Civil Veterinary Dept. North-West Frontier Province 1901-22 - 1901-1922
Year: 1901
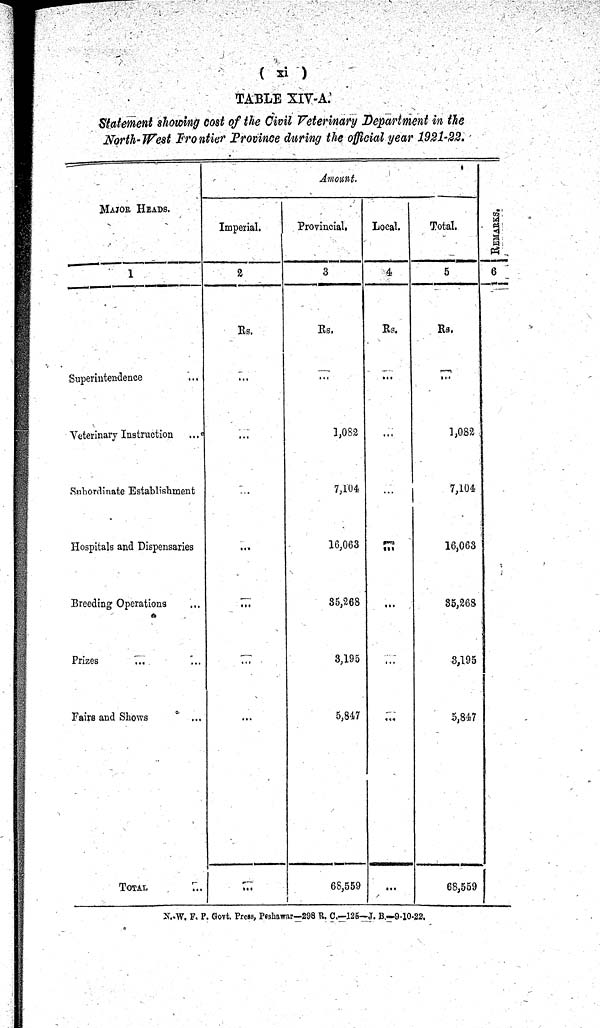
(xi)
TABLE XIV-A.
Statement showing cost of the Civil Veterinary Department in the
North-West Frontier Province during the official gear 1921-22.
MAJOR HEADS.
1
Superintendence ...
Veterinary Instruction ...
Sahordinate Establishment
Hospitals and Dispensaries
Breeding Operations ...
Prizes ... ...
Fairs and Shows ...
TOTAL ...
Amount.
Imperial.
2
Rs.
...
...
...
...
...
...
...
...
Provincial.
3
Rs.
...
1,082
7,104
16,063
85,268
3,195
5,847
68,559
Local.
4
Rs.
...
...
...
...
...
...
...
Total.
5
Rs.
...
1,082
7,104
16,063
35,268
3,195
5,847
68,559
RE MARKS .
6
N.W. F. P. Govt. Press, Peshawar—298 R. C.—125—J. B—9-10-22.